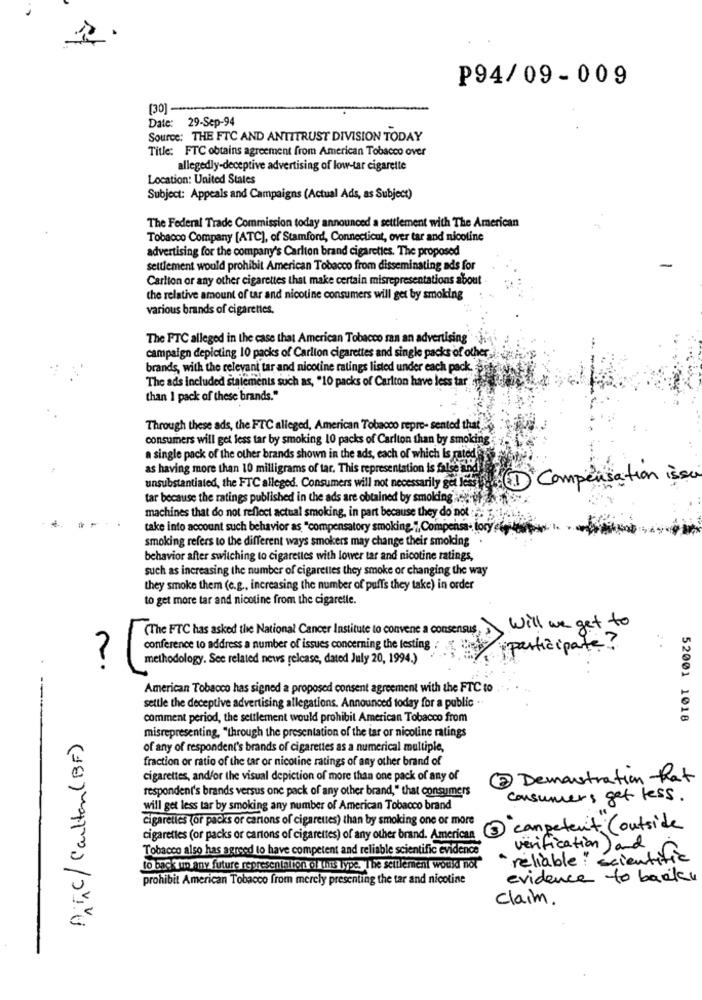
P94/09-009
[30] -
Date: 29-Sep-94
Source: THE FTC AND ANTITRUST DIVISION TODAY
Title: FTC obtains agreement from American Tobacco over
allegedly-deceptive advertising of low-tar cigarette
Location: United States
Subject: Appeals and Campaigns (Actual Ads, as Subject)
The Federal Trade Commission today announced a settlement with The American
Tobacco Company [ATC), of Stamford, Connecticut, over tar and nicotine
advertising for the company's Carlton brand cigarettes. The proposed
settlement would prohibit American Tobacco from disseminating ads for
Carlton or any other cigarettes that make certain misrepresentations about
the relative amount of tar and nicotine consumers will get by smoking
various brands of cigarettes.
The FTC alleged in the case that American Tobacco ran an advertising
campaign depicting 10 packs of Carlton cigarettes and single packs of other,
brands, with the relevant tar and nicotine ratings listed under each pack.
The ads included statements such as, "10 packs of Carlton have less tar"
than I pack of these brands."
Through these ads, the FTC alleged, American Tobacco repre- sented that
consumers will get less tar by smoking 10 packs of Carlton than by smoking
a single pack of the other brands shown in the ads, each of which Is rated
as having more than 10 milligrams of tar. This representation is false mind!
unsubstantiated, the FTC alleged. Consumers will not necessarily get lesung1) Compensation isse
tar because the ratings published in the ads are obtained by smolding ... .
machines that do not reflect actual smoking, in part because they do not
take into account such behavior as, "compensatory smoking.", Compensa- tory che-
smoking refers to the different ways smokers may change their smoking
behavior after switching to cigarettes with lower tar and nicotine ratings,
such as increasing the number of cigarettes they smoke or changing the way
they smoke them (c.g ., increasing the number of puffs they take) in order
to get more tar and nicotine from the cigaretle.
(The FTC has asked the National Cancer Institute to convene a consensus
Will we get to
conference to address a number of issues concerning the testing
participate?
methodology. See related news release, dated July 20, 1994.)
.
American Tobacco has signed a proposed consent agreement with the FTC to
settle the deceptive advertising allegations. Announced today for a public
comment period, the settlement would prohibit American Tobacco from
52001 1018
ATC/Carlton (BF)
misrepresenting, "through the presentation of the tar or nicoline ratings
of any of respondent's brands of cigarettes as a numerical multiple,
fraction or ratio of the tar or nicotine ratings of any other brand of
cigarettes, and/or the visual depiction of more than one pack of any of
2 Demonstration hat
respondent's brands versus one pack of any other brand," that consumers
consumers get less.
will get less tar by smoking any number of American Tobacco brand
cigarettes (or packs or cartons of cigarettes) than by smoking one or more
competent (outside
cigarettes (or packs or cartons of cigarettes) of any other brand. American
Tobacco also has agreed to have competent and reliable scientific evidence
verification ) and
" reliable " scientific
to back up any future representation of this Type. The settlement would not
prohibit American Tobacco from merely presenting the tar and nicotine
evidence to banku
Claim.